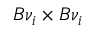
B \nu _ { i } \times B \nu _ { i }